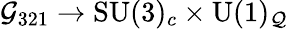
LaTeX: {\cal G}_{321}\rightarrow\mathrm{SU}(3)_{c}\times\mathrm{U}(1)_{\cal Q}